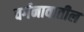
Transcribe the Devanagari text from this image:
वर्गनावातील